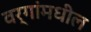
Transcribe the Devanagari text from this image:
वर्गांमधील